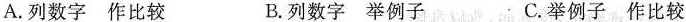
A.列数字 作比较 B.列数字 举例子 ；C.举例子 作比较